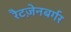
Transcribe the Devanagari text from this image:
रैटज़ेनबर्गर